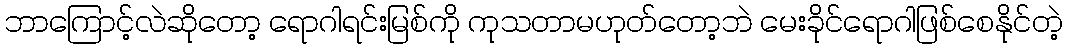
ဘာကြောင့်လဲဆိုတော့ ရောဂါရင်းမြစ်ကို ကုသတာမဟုတ်တော့ဘဲ မေးခိုင်ရောဂါဖြစ်စေနိုင်တဲ့